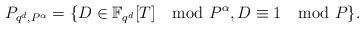
LaTeX: \begin{align*}P_{q^d,P^\alpha}=\{D \in \mathbb{F}_{q^d}[T] \mod P^\alpha, D\equiv 1 \mod P\}.\end{align*}